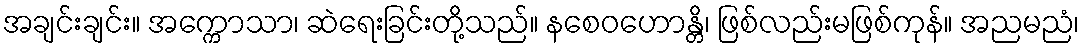
အချင်းချင်း။ အက္ကောသာ၊ ဆဲရေးခြင်းတို့သည်။ နစေဝဟောန္တိ၊ ဖြစ်လည်းမဖြစ်ကုန်။ အညမညံ၊